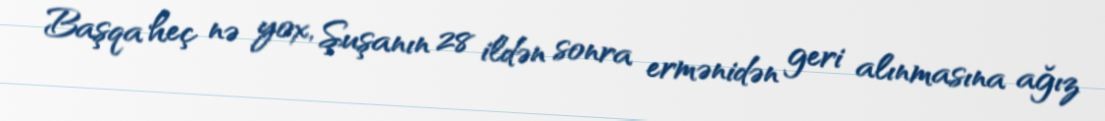
Başqa heç nə yox, Şuşanın 28 ildən sonra ermənidən geri alınmasına ağız